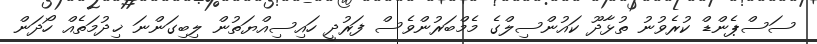
ސަސްޕެންޑް ކުރެވުނު ތުޅާދޫ ކައުންސިލްގެ މެމްބަރުންވެސް ފަރުދީ ހައިސިއްޔަތުން ލިބިގަންނަ ޚިދުމަތެއް ހޯދަން